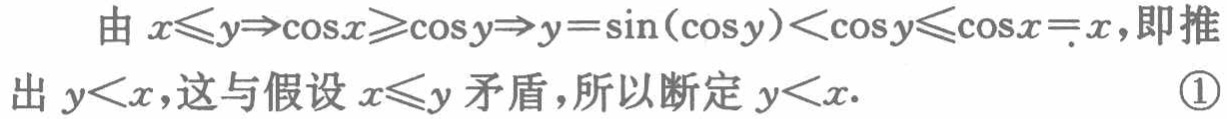
由\(x\leqslant y\Rightarrow\cos x\geqslant\cos y\Rightarrow y = \sin(\cos y)<\cos y\leqslant\cos x = x\)，即推出\(y<x\)，这与假设\(x\leqslant y\)矛盾，所以断定\(y<x\). \textcircled{1}